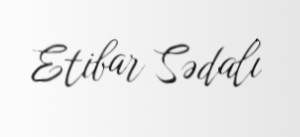
Etibar Sədalı